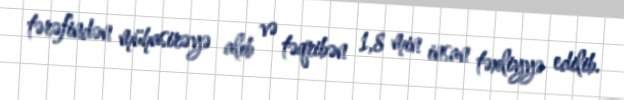
tərəfindən mühasirəyə alıb və təqribən 1,8 min insan təxliyyə edilib.